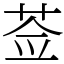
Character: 莶